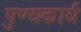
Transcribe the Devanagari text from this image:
पुण्यकार्य